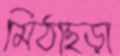
মিঠাছড়া